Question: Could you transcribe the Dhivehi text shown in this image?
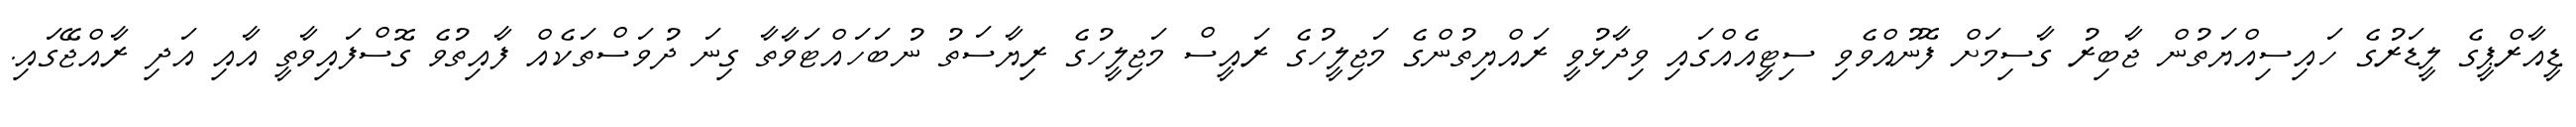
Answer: ޑީއާރްޕީގެ ލީޑަރުގެ ހައިސިއްޔަތުން ޖާބިރު ގާސިމަށް ފޮނުއްވެވި ސިޓީއެއްގައި ވިދާޅުވީ ރައްޔިތުންގެ މަޖިލީހުގެ ރައީސް މަޖިލީހުގެ ރިޔާސަތު ނުބަހައްޓަވާތާ ގިނަ ދުވަސްތަކެއް ފާއިތުވެ ގޮސްފައިވާތީ އާއި އަދި ރާއްޖޭގައި.